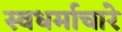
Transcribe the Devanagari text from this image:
स्वधर्माचारे